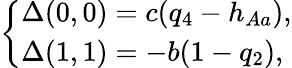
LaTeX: \left\{ \begin{array}{ll}{\Delta(0,0)=c(q_{4}-h_{Aa}),}\\ {\Delta(1,1)=-b(1-q_{2}),}\end{array}\right.